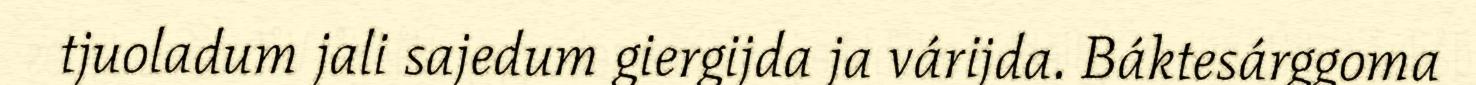
tjuoladum jali sajedum giergijda ja várijda. Báktesárggoma